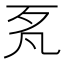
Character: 𱥋